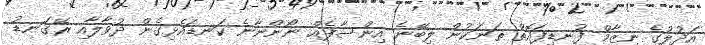
އަދުލުގެ ނިޒާމް ފުނޑިފައޮތް ތަނަކުން ލިބޭނެ އިންސާފެއް ނޯންނާނެ ކަނޑައެޅިގެން ދުވާލާއި ރޭގަނޑު